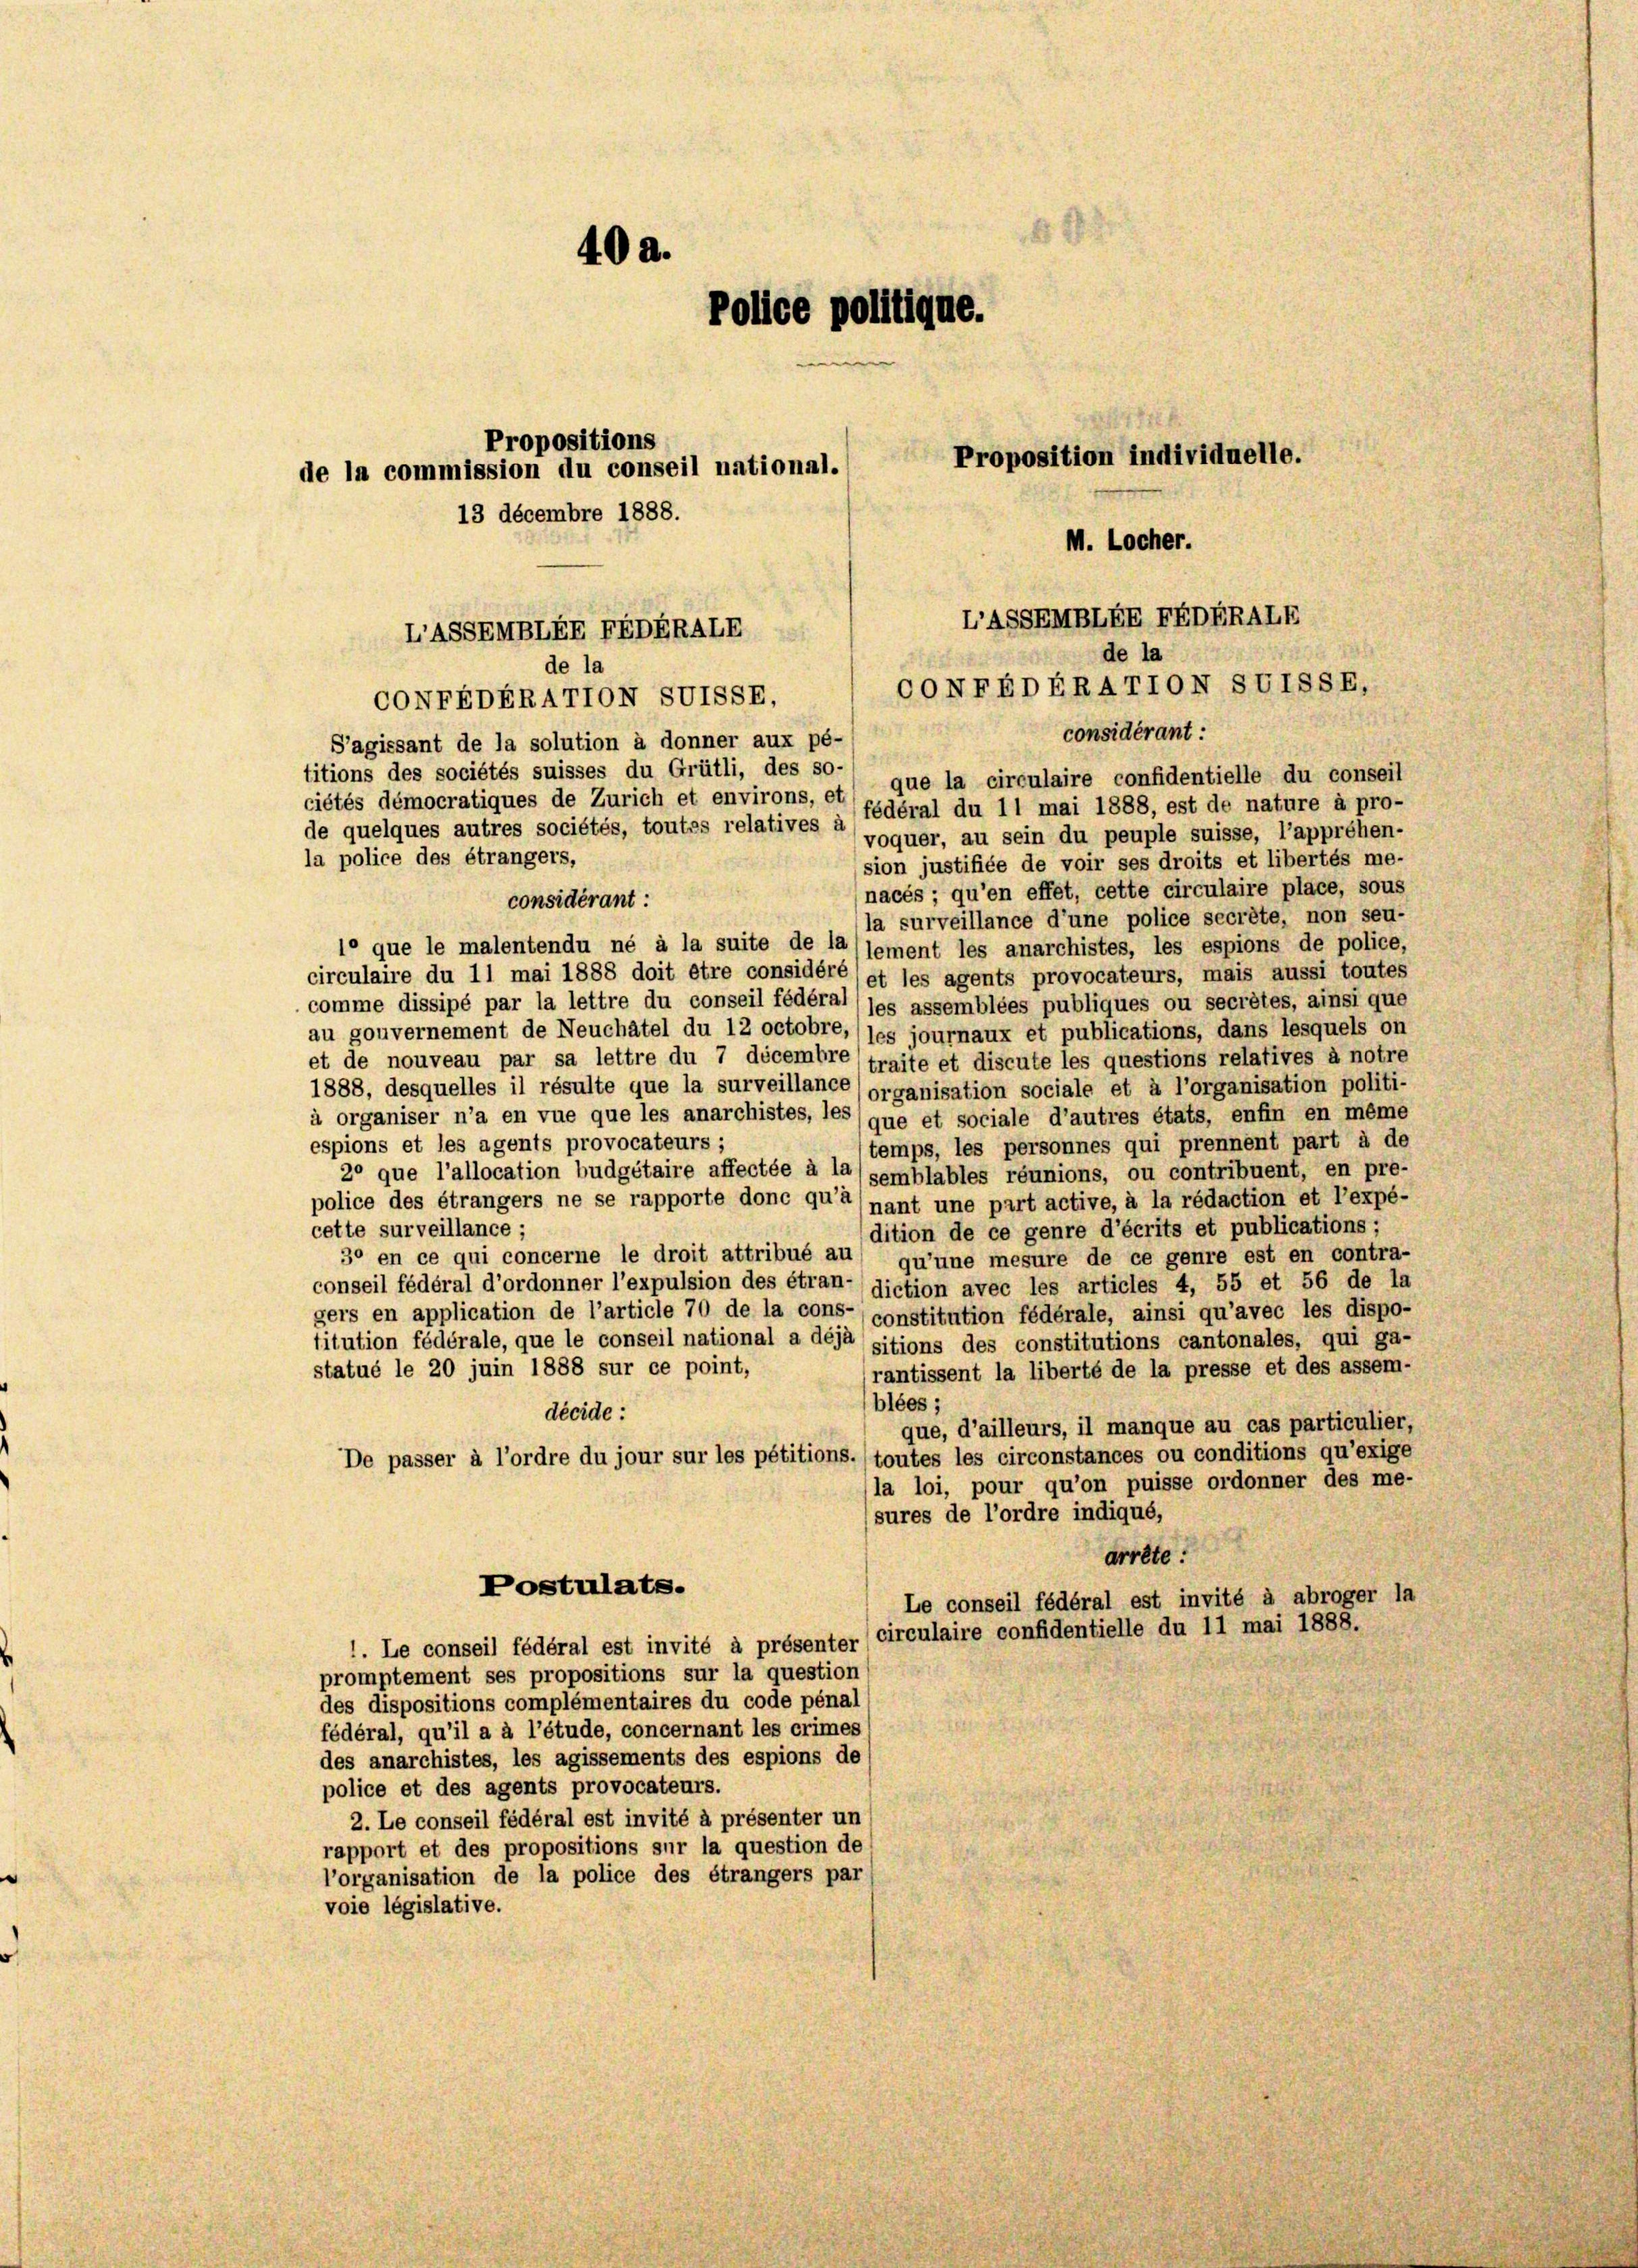
402.
Police politique.
Propositions
Proposition individuelle.
de la commission du conseil national.
13 décembre 1888.
M. Locher.

S’agissant de la solution à donner aux pé-
titions des sociétés suisses du Grütli, des so-
ciétés démocratiques de Zürich et environs, et que la circulaire confidentielle du conseil
de quelques autres sociétés, toutes relatives à fédéral du 11 mai 1888, est de nature à pro-
voquer, au sein du peuple suisse, l’appréhen-
la police des étrangers,
sion justifiée de voir ses droits et libertés me-
nacés ; qu’en effet, cette circulaire place, sous
considérant:
la surveillance d’une police secrête, non seu-
le que le malentendu né à la suite de la (lement les anarchistes, les espions de police,
circulaire du 11 mai 1888 doit être considéré et les agents provocateurs, mais aussi toutes
comme dissipé par la lettre du conseil fédéral (les assemblées publiques ou secrêtes, ainsi que
au gouvernement de Neuchâtel du 12 octobre,(les journaux et publications, dans lesquels on
et de nouveau par sa lettre du 7 décembre traite et discute les questions relatives à notre
1888, desquelles il résulte que la surveillance organisation sociale et à l’organisation politi-
à organiser n’a en vue que les anarchistes, les que et sociale d’autres états, enfin en même
espions et les agents provocateurs;
temps, les personnes qui prennent part à de
2° que l’allocation budgétaire affectée à la semblables réunions, ou contribuent, en pre-
police des étrangers ne se rapporte donc qu’à (nant une part active, à la rédaction et l’expé-
cette surveillance;
dition de ce genre d’écrits et publications;
3° en ce qui concerne le droit attribué au qu’une mesure de ce genre est en contra-
conseil fédéral d’ordonner l’expulsion des étran- diction avec les articles 4, 55 et 56 de la
gers en application de l’article 70 de la cons- constitution fédérale, ainsi qu’avec les dispo-
titution fédérale, que le conseil national a déjà sitions des constitutions cantonales, qui ga-
statué le 20 juin 1888 sur ce point,
rantissent la liberté de la presse et des assem-
blées;
décide:
que, d’ailleurs, il manque au cas particulier,
De passer à l’ordre du jour sur les pétitions.) toutes les circonstances ou conditions qu’exige
la loi, pour qu’on puisse ordonner des me-
sures de l’ordre indiqué,
arrête :
Postulats.
Le conseil fédéral est invité à abroger la
circulaire confidentielle du 11 mai 1888.
1. Le conseil fédéral est invité à présenter
promptement ses propositions sur la question
des dispositions complémentaires du code pénal
fédéral, qu’il a à l’étude, concernant les crimes
des anarchistes, les agissements des espions de
police et des agents provocateurs.
2. Le conseil fédéral est invité à présenter un
rapport et des propositions sur la question de
l’organisation de la police des étrangers par
voie législative.

LASSEHBLEE FEDERALE
de la
de la
CONFEDERATTON SUISSE,
CONFEDERATTON SVISSE.
considérant:

LASSEMBLEE FEDERALE